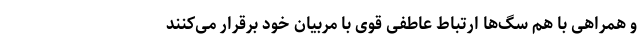
و همراهی با هم سگ‌ها ارتباط عاطفی قوی با مربیان خود برقرار می‌کنند